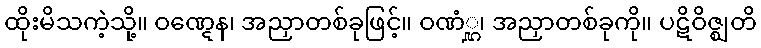
ထိုးမိသကဲ့သို့။ ဝဏ္ဋေန၊ အညှာတစ်ခုဖြင့်။ ဝဏံ္ဋ၊ အညှာတစ်ခုကို။ ပဋိဝိဇ္ဈတိ